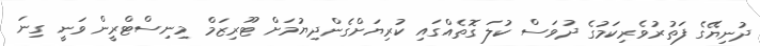
ދުނިޔޭގެ ފަތުރުވެރިކަމުގެ ދުވަސް ކުލަ ގޮތެއްގައި ކުރިޔަށްގެންދިޔުމަށް ޓޫރިޒަމް މިނިސްޓްރީން ވަނީ ގިނަ